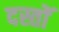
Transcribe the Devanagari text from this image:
दस्तोॅ